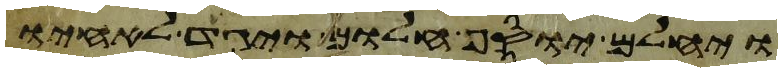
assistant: ויחלם יוסף חלום ויגד לאחיו